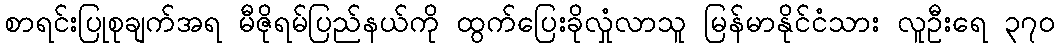
စာရင်းပြုစုချက်အရ မီဇိုရမ်ပြည်နယ်ကို ထွက်ပြေးခိုလှုံလာသူ မြန်မာနိုင်ငံသား လူဦးရေ ၃၇၀